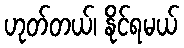
ဟုတ်တယ်၊ နိုင်ရမယ်